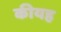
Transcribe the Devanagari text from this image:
कीयह